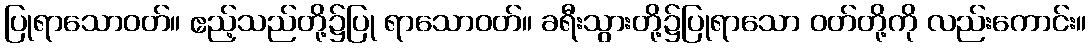
ပြုရာသောဝတ်။ ဧည့်သည်တို့၌ပြု ရာသောဝတ်။ ခရီးသွားတို့၌ပြုရာသော ဝတ်တို့ကို လည်းကောင်း။